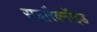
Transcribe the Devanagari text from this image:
सबारैक्नॉइड